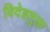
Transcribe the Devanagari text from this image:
विदेहमुक्त